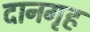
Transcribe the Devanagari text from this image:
दानगृह